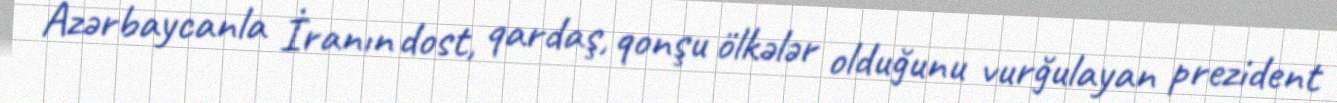
Azərbaycanla İranın dost, qardaş, qonşu ölkələr olduğunu vurğulayan prezident